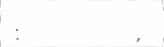
: